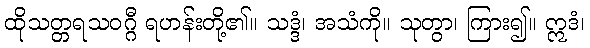
ထိုသတ္တရသဝဂ္ဂီ ရဟန်းတို့၏။ သဒ္ဒံ၊ အသံကို။ သုတွာ၊ ကြား၍။ ဣဒံ၊